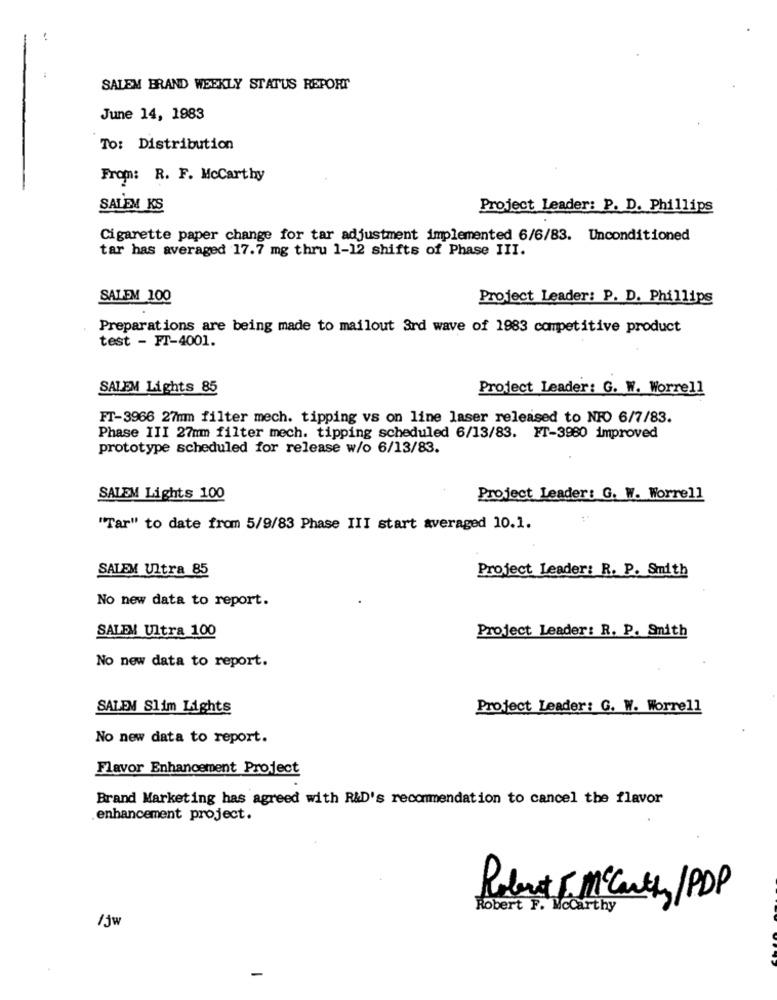
SALEM BRAND WEEKLY STATUS REPORT
June 14, 1983
To: Distribution
From: R. F. McCarthy
SALEM KS
Project leader: P. D. Phillips
Cigarette paper change for tar adjustment implemented 6/6/83. Unconditioned
tar has averaged 17.7 mg thru 1-12 shifts of Phase III.
SALEM 100
Project Leader: P. D. Phillips
Preparations are being made to mailout 3rd wave of 1983 competitive product
test - FT-4001.
SALEM Lights 85
Project Leader: G. W. Worrell
FT-3966 27mm filter mech. tipping vs on line laser released to NFO 6/7/83.
Phase III 27mm filter mech. tipping scheduled 6/13/83. FT-3980 improved
prototype scheduled for release w/o 6/13/83.
SALEM Lights 100
Project Leader: G. W. Worrell
"Tar" to date from 5/9/83 Phase III start averaged 10.1.
SALEM Ultra 85
Project Leader: R. P. Smith
No new data to report.
SALEM Ultra 100
Project Leader: R. P. Smith
No new data to report.
SALEM Slim Lights
Project Leader: G. W. Worrell
No new data to report.
Flavor Enhancement Project
Brand Marketing has agreed with R&D's recommendation to cancel the flavor
enhancement project.
Robert 5 Mccarthy/PDP
Robert F. Mccarthy
/jw